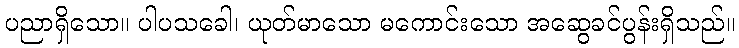
ပညာရှိသော။ ပါပသခေါ၊ ယုတ်မာသော မကောင်းသော အဆွေခင်ပွန်းရှိသည်။